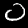
Digit: 0